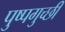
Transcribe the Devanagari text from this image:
पुष्पगुच्छी